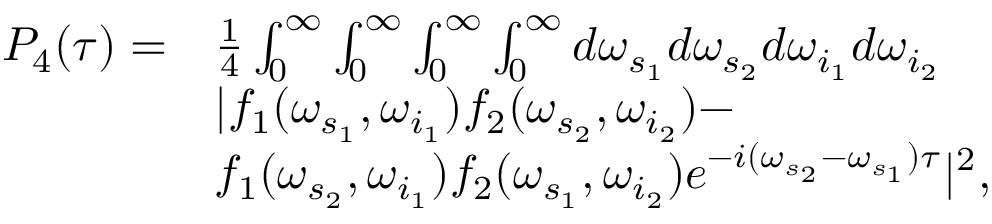
\begin{array} { r l } { P _ { 4 } ( \tau ) = } & { \frac { 1 } { 4 } \int _ { 0 } ^ { \infty } \int _ { 0 } ^ { \infty } \int _ { 0 } ^ { \infty } \int _ { 0 } ^ { \infty } d \omega _ { s _ { 1 } } d \omega _ { s _ { 2 } } d \omega _ { i _ { 1 } } d \omega _ { i _ { 2 } } } \\ & { \mathrm { { | } } f _ { 1 } ( \omega _ { s _ { 1 } } , \omega _ { i _ { 1 } } ) f _ { 2 } ( \omega _ { s _ { 2 } } , \omega _ { i _ { 2 } } ) - } \\ & { f _ { 1 } ( \omega _ { s _ { 2 } } , \omega _ { i _ { 1 } } ) f _ { 2 } ( \omega _ { s _ { 1 } } , \omega _ { i _ { 2 } } ) e ^ { - i ( \omega _ { s _ { 2 } } - \omega _ { s _ { 1 } } ) \tau } { \mathrm { | } } ^ { \mathrm { { 2 } } } , } \end{array}